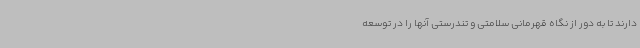
دارند تا به دور از نگاه قهرمانی سلامتی و تندرستی آنها را در توسعه